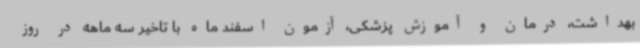
بهداشت، درمان و آموزش پزشکی، آزمون اسفند ماه با تاخیر سه ماهه در روز